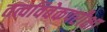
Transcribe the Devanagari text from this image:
तत्वविवेकपरीक्षा